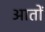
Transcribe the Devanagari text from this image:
आतों